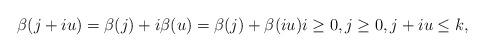
LaTeX: \begin{align*} \beta(j+i u)=\beta(j)+i \beta(u)=\beta(j)+ \beta(i u) i\geq 0, j\geq 0, j+i u\leq k, \end{align*}